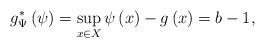
LaTeX: \begin{align*}g^{*}_\Psi\left(\psi\right)=\sup_{x\in X}\psi\left(x\right)-g\left(x\right)=b-1,\end{align*}